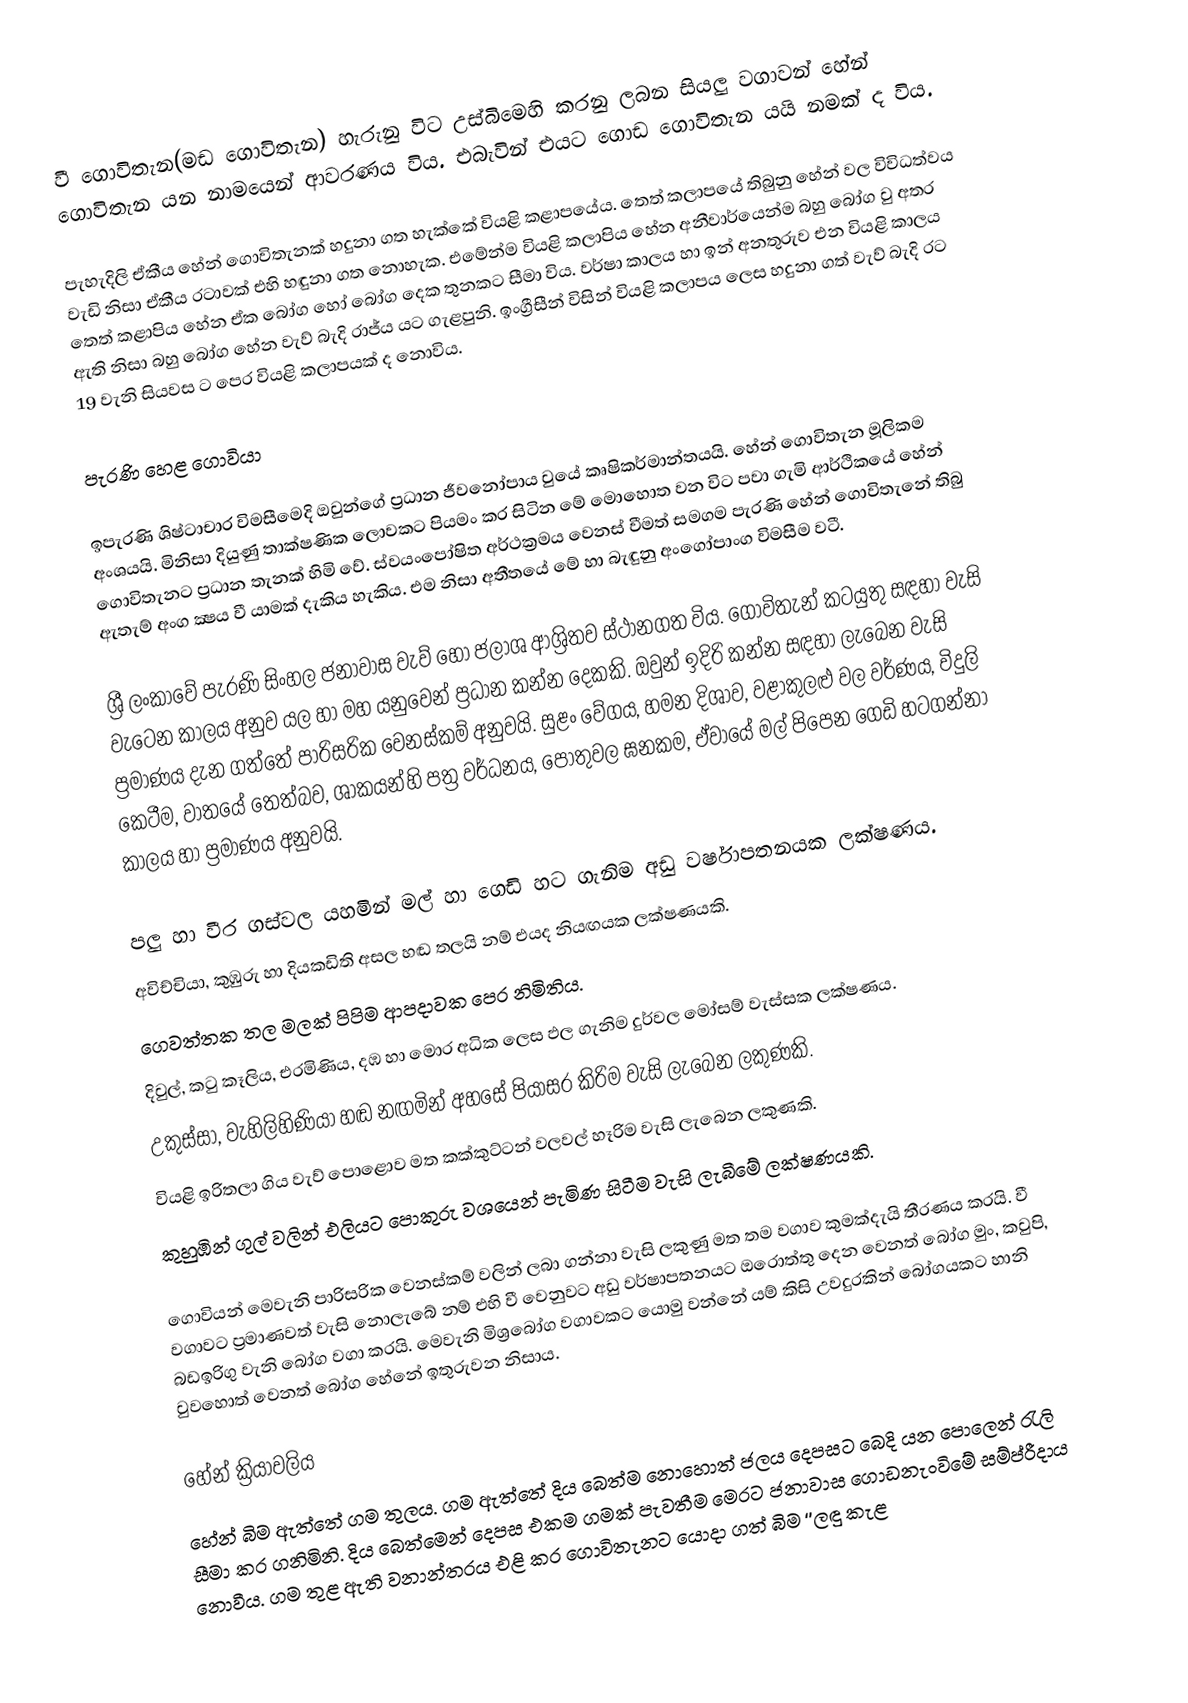
වී ගොවිතැන(මඩ ගොවිතැන) හැරුනු විට උස්බිමෙහි කරනු ලබන සියලු වගාවන් හේන් ගොවිතැන යන නාමයෙන් ආවරණය විය. එබැවින් එයට ගොඩ ගොවිතැන යයි නමක් ද විය.

පැහැදිලි ඒකීය හේන් ගොවිතැනක් හදුනා ගත හැක්කේ වියළි කළාපයේය. තෙත් කලාපයේ තිබුනු හේන් වල විවිධත්වය වැඩි නිසා ඒකීය රටාවක් එහි හඳුනා ගත නොහැක. එමේන්ම වියළි කලාපිය හේන අනීවාර්යෙන්ම බහු බෝග වු අතර තෙත් කළාපිය හේන ඒක බෝග හෝ බෝග දෙක තුනකට සීමා විය. වර්ෂා කාලය හා ඉන් අනතුරුව එන වියළි කාලය ඇති නිසා බහු බෝග හේන වැව් බැදි රාජ්ය යට ගැළපුනි. ඉංග්‍රීසීන් විසින් වියළි කලාපය ලෙස හදුනා ගත් වැව් බැදි රට 19 වැනි සියවස ට පෙර වියළි කලාපයක් ද නොවිය.

පැරණි හෙළ ගොවියා

ඉපැරණි ශිෂ්ටාචාර විමසීමෙදි ඔවුන්ගේ ප්‍රධාන ජීවනෝපාය වුයේ කෘෂිකර්මාන්තයයි. හේන් ගොවිතැන මූලිකම අංශයයි. මිනිසා දියුණු තාක්ෂණික ලොවකට පියමං කර සිටින මේ මොහොත වන විට පවා ගැමි ආර්ථිකයේ හේන් ගොවිතැනට ප්‍රධාන තැනක් හිමි වේ. ස්වයංපෝෂිත අර්ථක්‍රමය වෙනස් වීමත් සමගම පැරණි හේන් ගොවිතැනේ තිබු ඇතැම් අංග ක්‍ෂය වී යාමක් දැකිය හැකිය. එම නිසා අතීතයේ මේ හා බැඳුනු අංගෝපාංග විමසීම වටී.

ශ්‍රී ලංකාවේ පැරණි සිංහල ජනාවාස වැව් හෝ ජලාශ ආශ්‍රිතව ස්ථානගත විය. ගොවිතැන් කටයුතු සඳහා වැසි වැටෙන කාලය අනුව යල හා මහ යනුවෙන් ප්‍රධාන කන්න දෙකකි. ඔවුන් ඉදිරි කන්න සඳහා ලැබෙන වැසි ප්‍රමාණය දැන ගත්තේ පාරිසරික වෙනස්කම් අනුවයි. සුළං වේගය, හමන දිශාව, වළාකුලළු වල වර්ණය, විදුලි කෙටීම, වාතයේ තෙත්බව, ශාකයන්හි පත්‍ර වර්ධනය, පොතුවල ඝනකම, ඒවායේ මල් පිපෙන ගෙඩි හටගන්නා කාලය හා ප්‍රමාණය අනුවයි.

පලු හා වීර ගස්වල යහමින් මල් හා ගෙඩි හට ගැනිම අඩු වර්ෂාපතනයක ලක්ෂණය.
අවිච්චියා, කුඹුරු හා දියකඩිති අසල හඬ තලයි නම් එයද නියඟයක ලක්ෂණයකි.
ගෙවත්තක තල මලක් පිපිම ආපදාවක පෙර නිමිතිය.
දිවුල්, කටු කෑලිය, එරමිණිය, දඹ හා මොර අධික ලෙස ඵල ගැනිම දුර්වල මෝසම් වැස්සක ලක්ෂණය.
උකුස්සා, වැහිලිහිණියා හඬ නඟමින් අහසේ පියාසර කිරිම වැසි ලැබෙන ලකුණකි.
වියළි ඉරිතලා ගිය වැව් පොළොව මත කක්කුට්ටන් වලවල් හෑරිම වැසි ලැබෙන ලකුණකි.
කුහුඹින් ගුල් වලින් එලියට පොකුරු වශයෙන් පැමිණ සිටීම වැසි ලැබීමේ ලක්ෂණයකි.

ගොවියන් මෙවැනි පාරිසරික වෙනස්කම් වලින් ලබා ගන්නා වැසි ලකුණු මත තම වගාව කුමක්දැයි තීරණය කරයි. වී වගාවට ප්‍රමාණවත් වැසි නොලැබේ නම් එහි වී වෙනුවට අඩු වර්ෂාපතනයට ඔරොත්තු දෙන වෙනත් බෝග මුං, කවුපි, බඩඉරිගු වැනි බෝග වගා කරයි. මෙවැනි මිශ්‍රබෝග වගාවකට යොමු වන්නේ යම් කිසි උවදුරකින් බෝගයකට හානි වුවහොත් වෙනත් බෝග හේනේ ඉතුරුවන නිසාය.

හේන් ක්‍රියාවලිය
හේන් බිම ඇත්තේ ගම තුලය. ගම ඇත්තේ දිය බෙත්ම නොහොත් ජලය දෙපසට බෙදි යන පොලෙන් රැලි සීමා කර ගනිමිනි. දිය බෙත්මෙන් දෙපස එකම ගමක් පැවතීම මෙරට ජනාවාස ගොඩනැංවිමේ සම්ප්රීදාය නොවීය. ගම තුළ ඇති වනාන්තරය එළි කර ගොවිතැනට යොදා ගත් බිම  ‘’ලඳු කැළ